Enquiry on enteric fever in India - Number 32
Disease focus: Fever
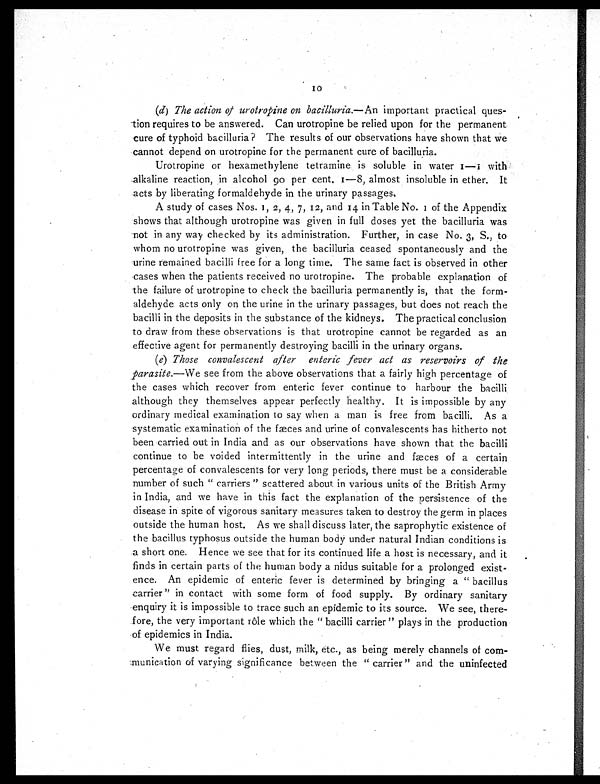
I0
(d) The action of urotropine on bacilluria.—An important practical ques-
tion requires to be answered. Can urotropine be relied upon for the permanent
cure of typhoid bacilluria? The results of our observations have shown that we
cannot depend on urotropine for the permanent cure of bacilluria.
Urotropine or hexamethylene tetramine is soluble in water 1-1 with
alkaline reaction, in alcohol 90 per cent. 1 -8, almost insoluble in ether. It
acts by liberating formaldehyde in the urinary passages.
A study of cases Nos. 1, 2 , 4, 7, 12, and 14 in Table No. 1 of the Appendix
shows that although urotropine was given in full doses yet the bacilluria was
not in any way checked by its administration. Further, in case No. 3, S., to
whom no urotropine was given, the bacilluria ceased spontaneously and the
urine remained bacilli free for a long time. The same fact is observed in other
cases when the patients received no urotropine. The probable explanation of
the failure of urotropine to check the bacilluria permanently is, that the form-
aldehyde acts only on the urine in the urinary passages, but does not reach the
bacilli in the deposits in the substance of the kidneys. The practical conclusion
to draw from these observations is that urotropine cannot be regarded as an
effective agent for permanently destroying bacilli in the urinary organs.
(e) Those convalescent after enteric fever act as reservoirs of the
parasite.—We see from the above observations that a fairly high percentage of
the cases which recover from enteric fever continue to harbour the bacilli
although they themselves appear perfectly healthy. It is impossible by any
ordinary medical examination to say when a man is free from bacilli. As a
systematic examination of the fæces and urine of convalescents has hitherto not
been carried out in India and as our observations have shown that the bacilli
continue to be voided intermittently in the urine and fæces of a certain
percentage of convalescents for very long periods, there must be a considerable
number of such " carriers " scattered about in various units of the British Army
in India, and we have in this fact the explanation of the persistence of the
disease in spite of vigorous sanitary measures taken to destroy the germ in places
outside the human host. As we shall discuss later, the saprophytic existence of
the bacillus typhosus outside the human body under natural Indian conditions is
a short one. Hence we see that for its continued life a host is necessary, and it
finds in certain parts of the human body a nidus suitable for a prolonged exist-
ence. An epidemic of enteric fever is determined by bringing a " bacillus
carrier " in contact with some form of food supply. By ordinary sanitary
enquiry it is impossible to trace such an epidemic to its source. We see, there
-fore, the very important rôle which the " bacilli carrier " plays in the production
of epidemics in India.
We must regard flies, dust, milk, etc., as being merely channels of com-
munication of varying significance between the " carrier" and the uninfected